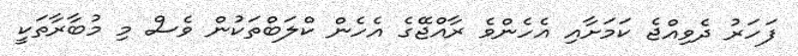
ފަހަރު ދެވިއްޖެ ކަމަށާއި އެހެންވެ ރާއްޖޭގެ އެހެން ކްލަބްތަކުން ވެސް މި މުބާރާތަކީ